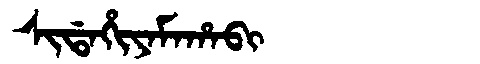
Manchu: ᠰᡳᡩᠠᡥᡳᠶᠠᠮᠠᡥᠠᠪᡳ
Romanization: SIDAHIYAMAHABI